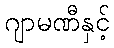
ဂျာမဏီနှင့်